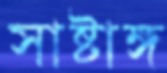
সাষ্টাঙ্গ